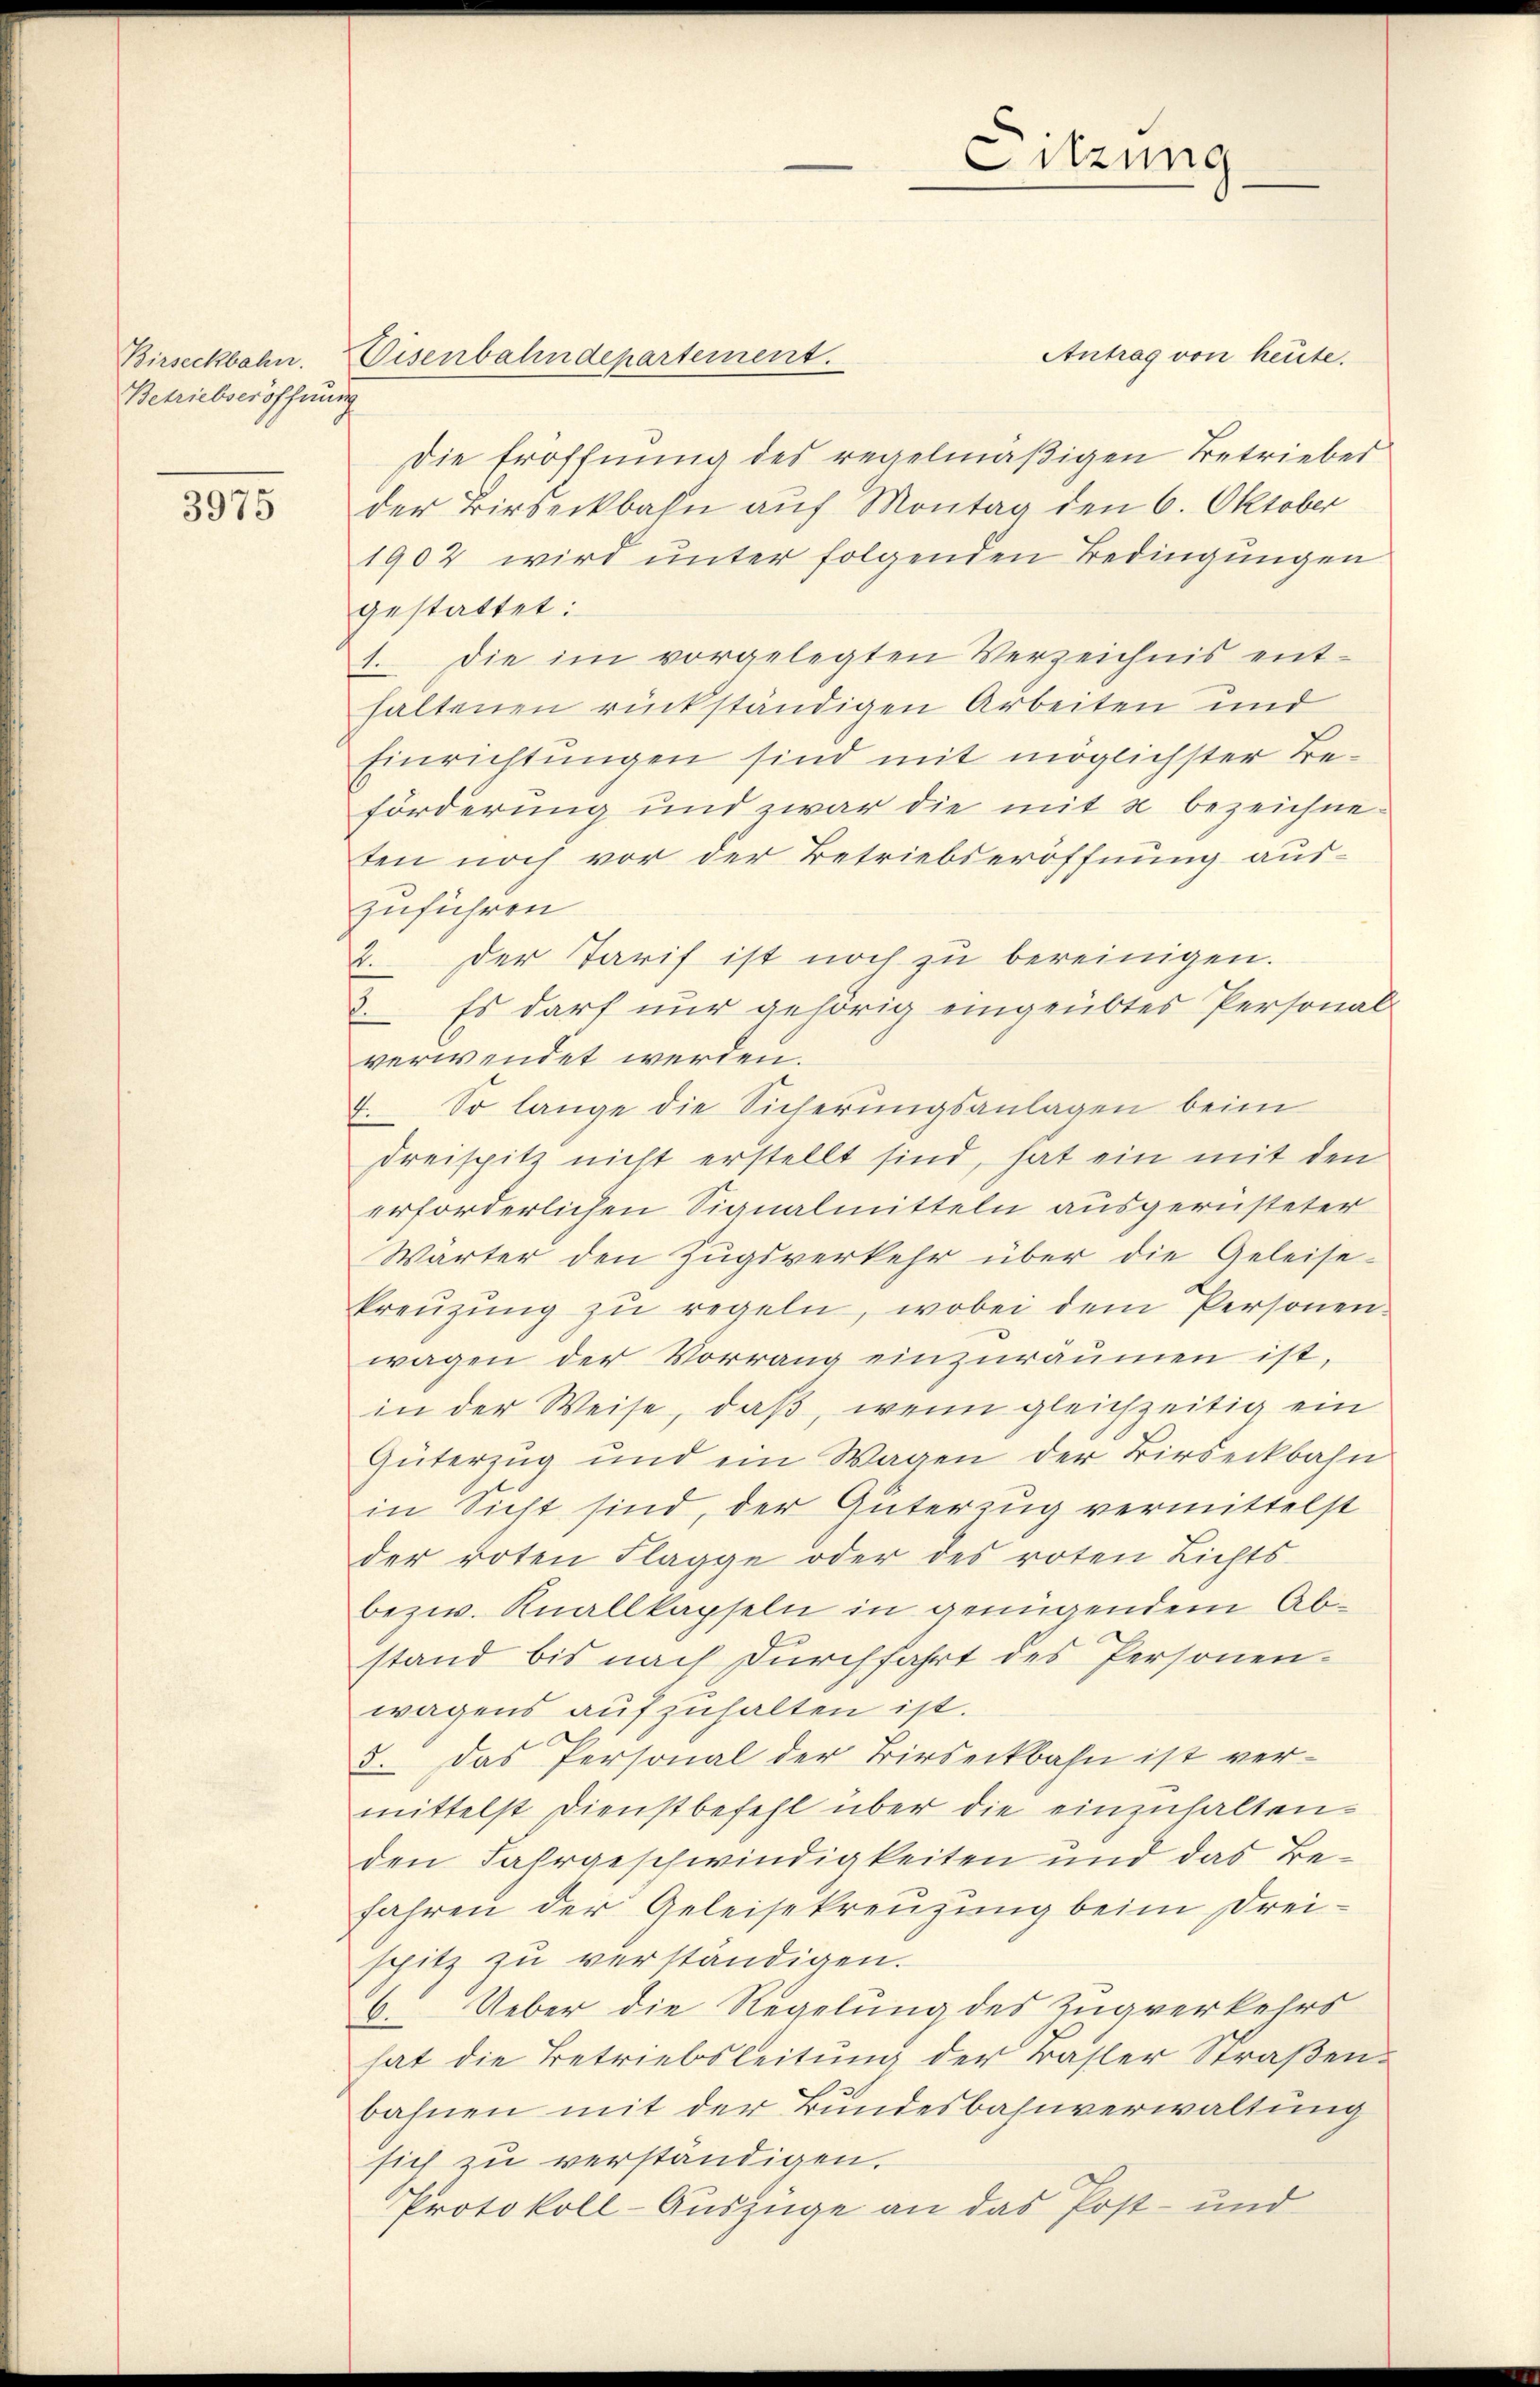
Betriebseröffnung

3975

Antrag von heute.
Die Eröffnung des regelmäßigen Betriebes
der Birseckbahn auf Montag den 6. Oktober
1902 wird unter folgenden Bedingungen
gestattet:
1. Die im vorgelegten Verzeichnis ent-
haltenen rückständigen Arbeiten und
Einrichtungen sind mit möglichster Beförderung und zwar die mit 2 bezeichneten noch vor der Betriebseröffnung aus-
zuführen
2. Der Tarif ist noch zu bereinigen.
2. Es darf nur gehörig eingeübtes Personal-
verwendet werden.
7. So lange die Sicherungsanlagen beim
Dreispitz nicht erstellt sind, hat ein mit den
erforderlichen Signalmitteln ausgerüsteter
Wärter den Zŭgsverkehr über die Geleise-
kreuzung zu regeln, wobei dem Personen
wagen der Vorrang einzuräumen ist,
in der Weise, daß, wenn gleichzeitig ein
Güterzug und ein Wagen der Birseckbahn
in Sicht sind, der Güterzug vermittelst
der roten Flagge oder des roten Lichts-
bezw. Knallkapseln in genügendem Abstand bis nach Durchfahrt des Personen-
wagens aufzuhalten ist.
3. Das Personal der Birseckbahn ist ver-
mittelst Dienstbefehl über die einzuhalten.
den Fahrgeschwindigkeiten und das Befahren der Geleisekreuzung beim Dreispitz zŭ verständigen.
6. Ueber die Regelung des Zugverkehrs
hat die Betriebsleitung der Basler Straßenbahnen mit der Bundesbahnverwaltung
sich zu verständigen.
Protokoll-Auszüge an das Post- und

Birseckbahn. Eisenbahndepartement.

Sitzung